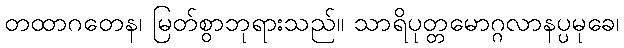
တထာဂတေန၊ မြတ်စွာဘုရားသည်။ သာရိပုတ္တမောဂ္ဂလာနပ္ပမုခေ၊